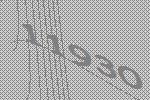
11930